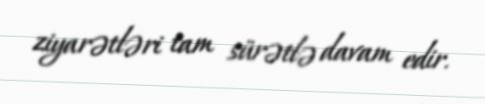
ziyarətləri tam sürətlə davam edir.